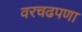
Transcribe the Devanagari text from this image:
वरचढपणा